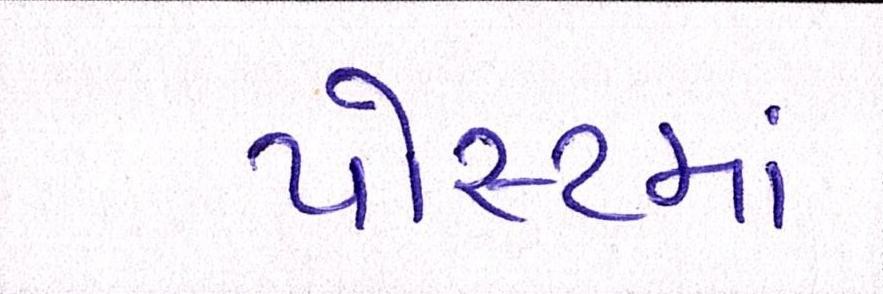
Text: પોસ્ટમાં